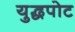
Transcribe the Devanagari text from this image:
युद्धपोट